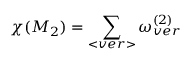
\chi ( M _ { 2 } ) = \sum _ { < v e r > } \omega _ { v e r } ^ { ( 2 ) }